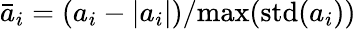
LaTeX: \bar{a}_{i}=(a_{i}-|a_{i}|)/\textrm{max(std(}a_{i}))